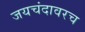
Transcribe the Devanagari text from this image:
जयचंदावरच